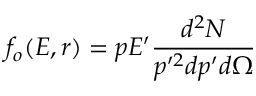
f _ { o } ( E , r ) = p E ^ { \prime } \frac { d ^ { 2 } N } { p ^ { \prime 2 } d p ^ { \prime } d \Omega }